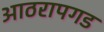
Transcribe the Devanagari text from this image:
आठरापगड